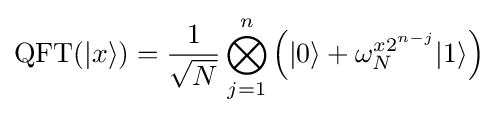
{\text{QFT}}(|x\rangle )={\frac {1}{\sqrt {N}}}\bigotimes _{j=1}^{n}\left(|0\rangle +\omega _{N}^{x2^{n-j}}|1\rangle \right)